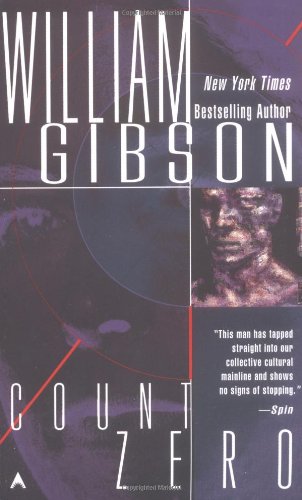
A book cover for Count Zero; William Gibson; Science Fiction & Fantasy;